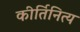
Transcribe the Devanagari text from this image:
कीर्तिनित्य